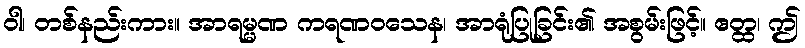
ဝါ၊ တစ်နည်းကား။ အာရမ္မဏ ကရဏဝသေန၊ အာရုံပြုခြင်း၏ အစွမ်းဖြင့်။ ဧတ္ထ၊ ဤ